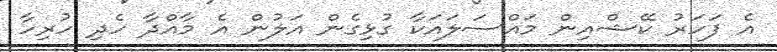
އެ ފަހަރު ކޭޝްއިން މައްސަލައަކާ ގުޅިގެން އަލުން އެ މާއްދާ ހެދި ހުރިހާ